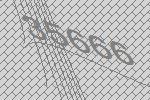
35666